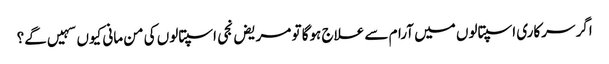
اگر سرکاری اسپتالوں میں آرام سے علاج ہوگا تو مریض نجی اسپتالوں کی من مانی کیوں سہیں گے؟